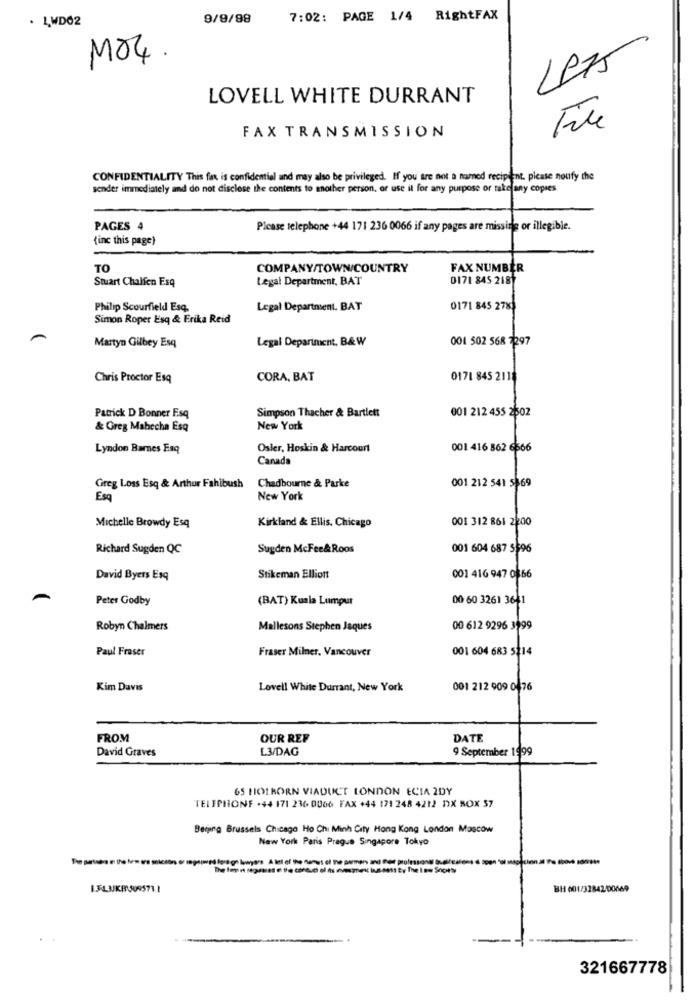
. LWD02
9/9/98
7:02: PAGE 1/4 RightFAX
MO4.
Less
LOVELL WHITE DURRANT
FAX TRANSMISSION
CONFIDENTIALITY This fax is confidential and may also be privileged. If you are not a named recipient, please notify the
sender immediately and do not disclose the contents to another person, or use it for any purpose or take any copies
PAGES 4
Please telephone +44 171 236 0066 if any pages are missing or illegible.
{inc this page)
TO
COMPANY/TOWN/COUNTRY
FAX NUMBER
Stuart Chalfen Esq
Legal Department, BAT
0171 845 218
Philip Scourfield Esq,
Legal Department. BAT
0171 845 278
Simon Roper Esq & Erika Reid
A
Legal Department, B&W
001 502 568 7297
Martyn Gilbey Esq
Chris Proctor Esq
CORA, BAT
0171 845 2118
Simpson Thacher & Bartlett
001 212 455 2502
Patrick D Bonner Fsq
& Greg Mahecha Esq
New York
Lyndon Barnes Esq
Osler, Hoskin & Harcourt
001 416 862 6566
Canada
Greg Loss Esq & Arthur Fahibush
Chadbourne & Parke
001 212 541 5869
Esq
New York
001 312 861 2200
Michelle Browdy Esq
Kirkland & Ellis. Chicago
Richard Sugden QC
Sugden McFee&Roos
001 604 687 5596
David Byers Esq
Stikeman Elliott
001 416 947 0866
Peter Godby
(BAT) Kuala Lumpur
00 60 3261 3641
Robyn Chalmers
Mallesons Stephen Jaques
00 612 9296 3199
Paul Fraser
Fraser Milner, Vancouver
001 604 683 5114
Kim Davis
Lovell White Durrant, New York
001 212 909 0 76
FROM
OUR REF
DATE
David Graves
L3/DAG
9 September 1999
65 HOLBORN VIADUCT LONDON ECIA 2DY
TELEPHONE +44 171 236 0006 FAX +44 171 248 4212 DX BOX 37
Beijing Brussels Chicago Ho Chi Minh City Hong Kong London Moscow
New York Paris Prague Singapore Tokyo
The Im
BH1 001/32842/00669
321667778